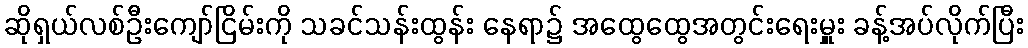
ဆိုရှယ်လစ်ဦးကျော်ငြိမ်းကို သခင်သန်းထွန်း နေရာ၌ အထွေထွေအတွင်းရေးမှူး ခန့်အပ်လိုက်ပြီး